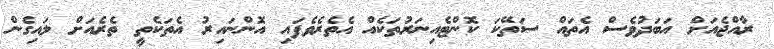
ރާއްޖެއަށް އަބަދުވެސް އެތައް ސަތޭކަ ކޮންޓެއިނަރުތަކެއް އެތެރެވެފައި އޮންނައިރު އެތަކެތީ ތެރެއަށް ލައިގެން